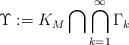
LaTeX: \begin{align*}\Upsilon : = K_M \bigcap \bigcap_{k=1}^{\infty} \Gamma_k\end{align*}